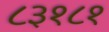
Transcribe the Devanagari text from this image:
८३१८१